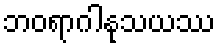
ဘဝရာဂါနုသယဿ